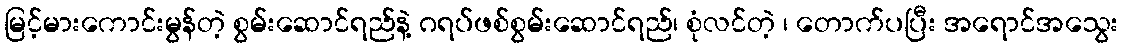
မြင့်မားကောင်းမွန်တဲ့ စွမ်းဆောင်ရည်နဲ့ ဂရပ်ဖစ်စွမ်းဆောင်ရည်၊ စုံလင်တဲ့ ၊ တောက်ပပြီး အရောင်အသွေး